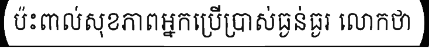
ប៉ះពាល់សុខភាពអ្នកប្រើប្រាស់ធ្ងន់ធ្ងរ លោកថា